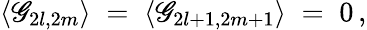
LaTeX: \langle\mathscr{G}_{2l,2m}\rangle\; =\; \langle\mathscr{G}_{2l+1,2m+1}\rangle\; =\; 0\, ,